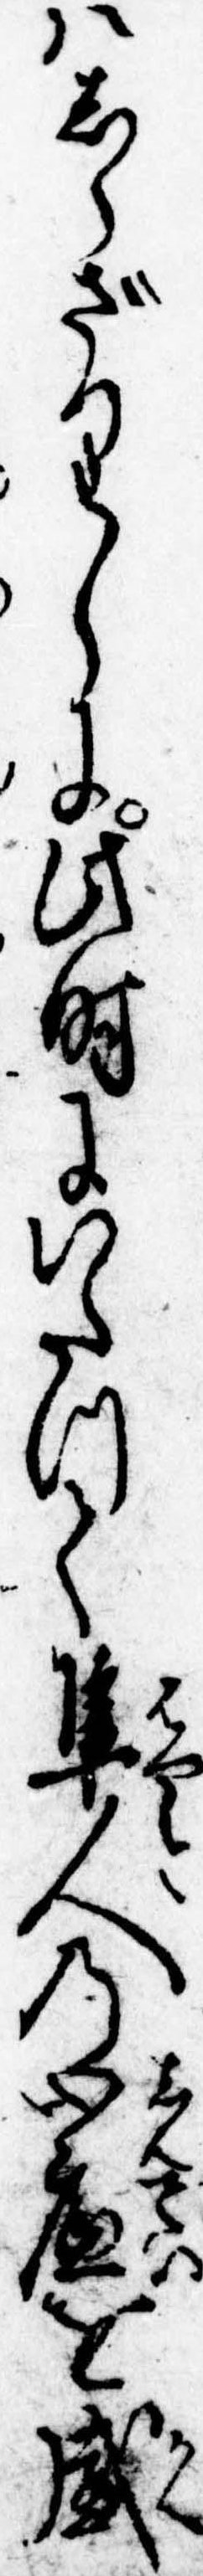
はしらざりしに此時にいたつて隼人の心底を感